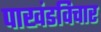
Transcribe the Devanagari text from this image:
पाखंडविचार